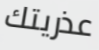
عذريتك